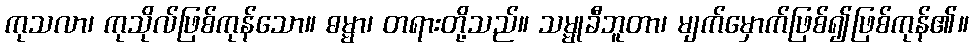
ကုသလာ၊ ကုသိုလ်ဖြစ်ကုန်သော။ ဓမ္မာ၊ တရားတို့သည်။ သမ္မုခီဘူတာ၊ မျက်မှောက်ဖြစ်၍ဖြစ်ကုန်၏။